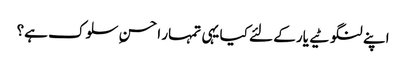
اپنے لنگوٹیے یار کے لئے کیا یہی تمہار ا حسنِ سلوک ہے؟